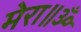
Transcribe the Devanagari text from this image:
मेरा॥ॐ